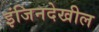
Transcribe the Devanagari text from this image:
इंजिनदेखील